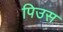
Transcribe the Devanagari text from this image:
पिउस